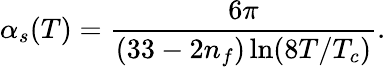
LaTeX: \alpha_{s}(T)=\frac{6\pi}{(33-2n_{f})\ln(8T/T_{c})}.